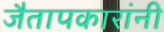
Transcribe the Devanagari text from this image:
जैतापकारांनी